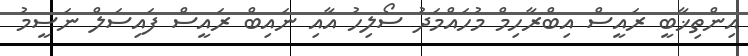
އިންތިޚާބީ ރައީސް އިބްރާހިމް މުހައްމަދު ސޯލިހު އާއި ނައިބް ރައީސް ފައިސަލް ނަސީމު